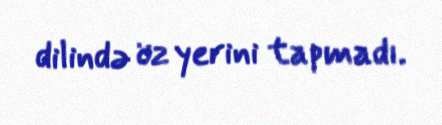
dilində öz yerini tapmadı.